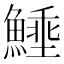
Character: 𩺖